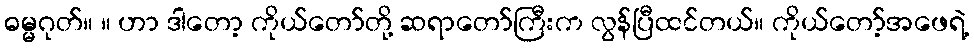
ဓမ္မဂုတ်။ ။ ဟာ ဒါတော့ ကိုယ်တော်တို့ ဆရာတော်ကြီးက လွန်ပြီထင်တယ်။ ကိုယ်တော့်အဖေရဲ့